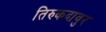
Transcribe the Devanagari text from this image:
तिरुकदावुर